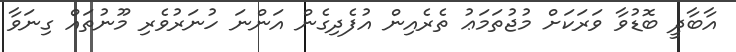
އާބާދީ ބޮޑުވާ ވަރަކަށް މުޖުތަމަޢު ތެރެއިން އުފެދިގެން އަންނަ ހުނަރުވެރި މޫނުތައް ގިނަވާ